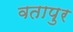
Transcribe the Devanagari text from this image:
वतापुर